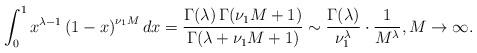
LaTeX: \begin{align*}\int_0^1 x^{\lambda - 1} \left(1 - x\right)^{\nu_1 M} dx = \frac{\Gamma(\lambda) \, \Gamma(\nu_1 M + 1)}{\Gamma(\lambda + \nu_1 M + 1)}\sim \frac{\Gamma(\lambda)}{\nu_1^{\lambda}} \cdot \frac{1}{M^{\lambda}},M \to \infty.\end{align*}